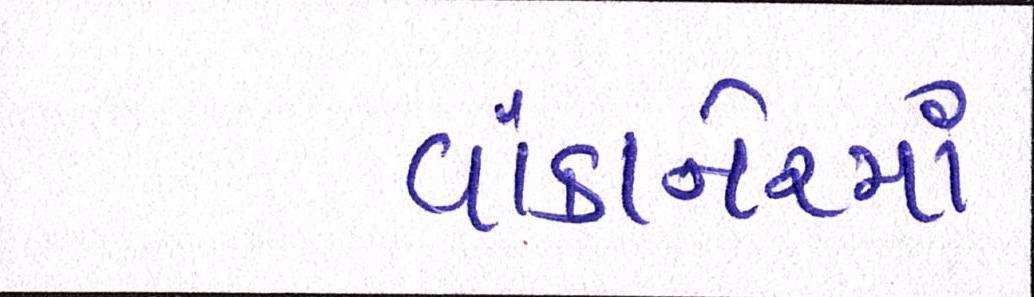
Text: વાંકાનેરમાં